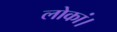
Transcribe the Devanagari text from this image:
लोकां।